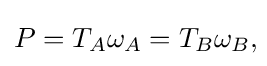
P=T_{A}\omega _{A}=T_{B}\omega _{B},\!